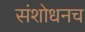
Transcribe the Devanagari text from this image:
संशोधनच